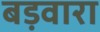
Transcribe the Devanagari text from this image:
बड़वारा